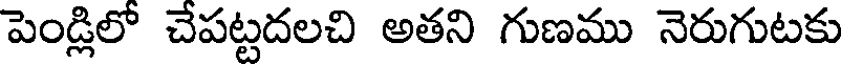
పెండ్లిలో చేపట్టదలచి అతని గుణము నెరుగుటకు